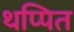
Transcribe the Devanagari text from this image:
थप्पित